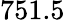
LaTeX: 751.5